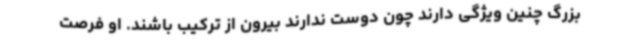
بزرگ چنین ویژگی دارند چون دوست ندارند بیرون از ترکیب باشند. او فرصت